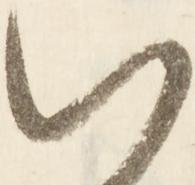
い